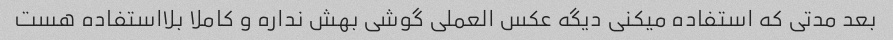
بعد مدتی که استفاده میکنی دیگه عکس العملی گوشی بهش نداره و کاملا بلااستفاده هست